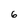
Character: 6